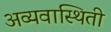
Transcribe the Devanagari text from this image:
अव्यवास्थिती